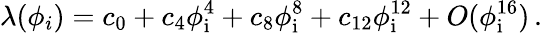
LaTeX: \lambda(\phi_{i})=c_{0}+c_{4}\phi_{\mathrm{i}}^{4}+c_{8}\phi_{\mathrm{i}}^{8}+c_{12}\phi_{\mathrm{i}}^{12}+O(\phi_{\mathrm{i}}^{16})\, .